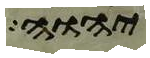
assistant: יהוה